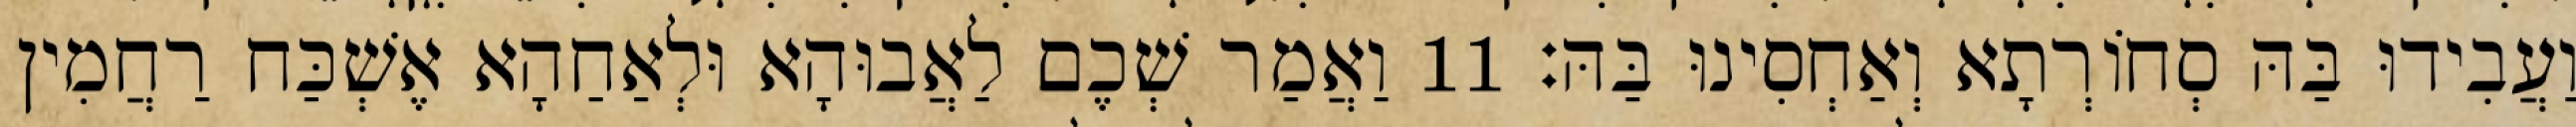
וַעֲבִידוּ בַּהּ סְחוֹרְתָא וְאַחְסִינוּ בַּהּ׃ 11 וַאֲמַר שְׁכֶם לַאֲבוּהָא וּלְאַחַהָא אֶשְׁכַּח רַחֲמִין